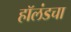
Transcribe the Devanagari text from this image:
हॉलंडचा